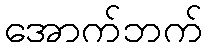
အောက်ဘက်